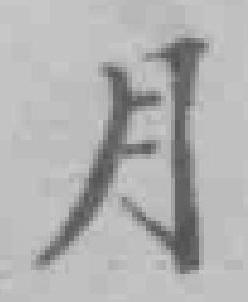
月